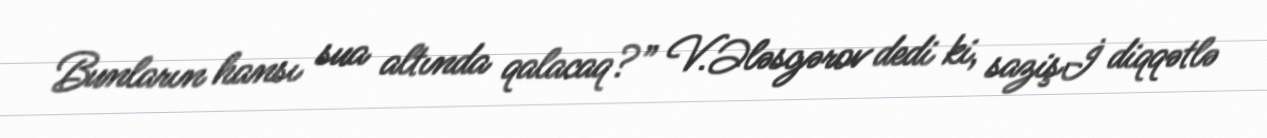
Bunların hansı sua altında qalacaq?” V.Ələsgərov dedi ki, sazişİ diqqətlə